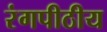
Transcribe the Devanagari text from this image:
रंगपीठीय